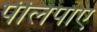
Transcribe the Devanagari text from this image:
पीलपाए